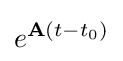
e^{\mathbf {A} (t-t_{0})}